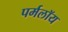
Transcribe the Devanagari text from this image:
पर्मलॉय